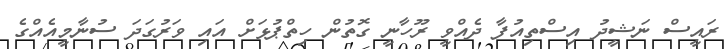
ރައީސް ނަޝީދު އިސްތިއުފާ ދެއްވީ ރޫހާނީ ގޮތުން ހިތްޕުޅަށް އައި ވަރުގަދަ ސުނާމީއެއްގެ